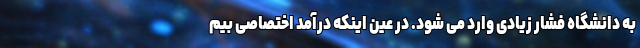
به دانشگاه فشار زیادی وارد می شود. در عین اینکه درآمد اختصاصی بیم